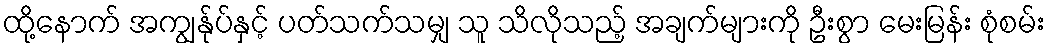
ထို့နောက် အကျွန်ုပ်နှင့် ပတ်သက်သမျှ သူ သိလိုသည့် အချက်များကို ဦးစွာ မေးမြန်း စုံစမ်း